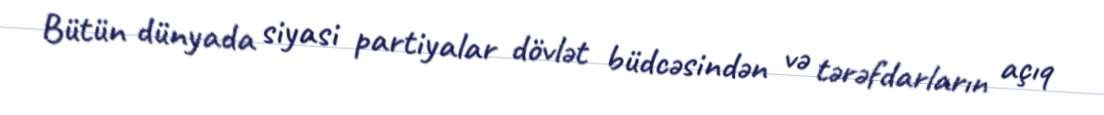
Bütün dünyada siyasi partiyalar dövlət büdcəsindən və tərəfdarların açıq